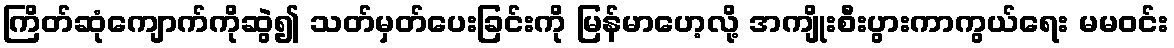
ကြိတ်ဆုံကျောက်ကိုဆွဲ၍ သတ်မှတ်ပေးခြင်းကို မြန်မာဟေ့လို့ အကျိုးစီးပွားကာကွယ်ရေး မမဝင်း